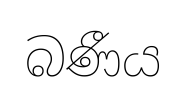
බණීය